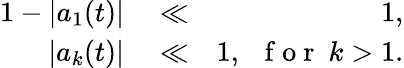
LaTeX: \begin{array}{rlr}{1-|a_{1}(t)|}&{{}\ll}&{1,}\\ {|a_{k}(t)|}&{{}\ll}&{1,\ \ \mathrm{~f~o~r~}\ k>1.}\end{array}